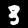
Label: 3